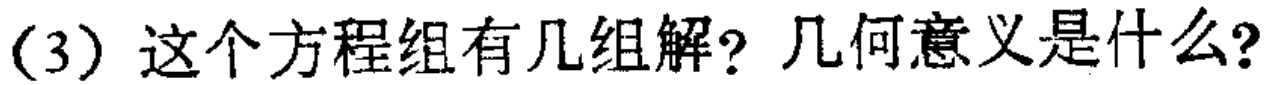
(3) 这个方程组有几组解? 几何意义是什么?